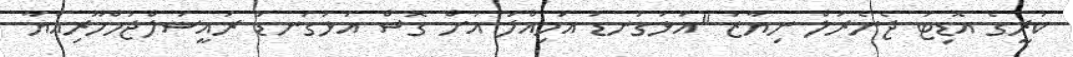
ކުރީގެ އޮޑިޓަ ޖެނެރަލް ނިޔާޒު "އަޅުގަނޑު އަމިއްލަ އަށް ގޮސް އަޅުގަނޑު ރައީސުލްޖުމްހޫރިއްޔާ